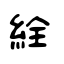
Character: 絟